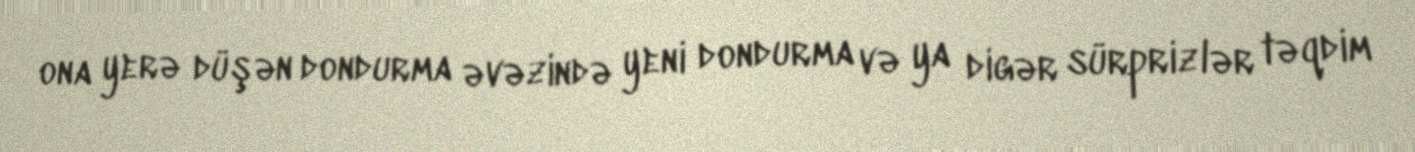
ona yerə düşən dondurma əvəzində yeni dondurma və ya digər sürprizlər təqdim